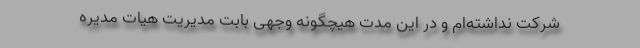
شرکت نداشته‌‌ام و در این مدت هیچگونه وجهی بابت مدیریت هیات مدیره